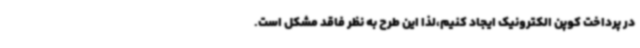
در پرداخت کوپن الکترونیک ایجاد کنیم،لذا این طرح به نظر فاقد مشکل است.